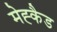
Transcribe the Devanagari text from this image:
मेह्कैड